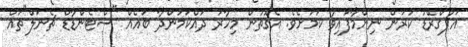
އަޕްގްރޭޑު ކުރަން ނިންމާފައިވާ ކަމަށެވެ. އެގޮތުން މިހާރު ދައްކަމުންދާ ބައެއް "ސްޓެންޑާޑް ޗެނަލް"ތައް